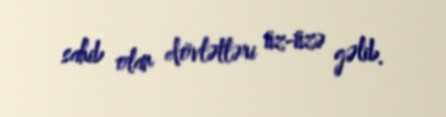
sahib olan dövlətləri üz-üzə gəlib.